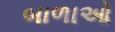
બાળાઓ